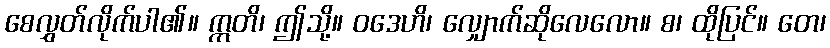
စေလွှတ်လိုက်ပါ၏။ ဣတိ၊ ဤသို့။ ဝဒေဟိ၊ လျှောက်ဆိုလေလော။ စ၊ ထိုပြင်။ တေ၊